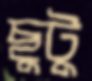
ছুটু